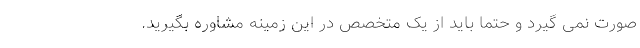
صورت نمی گیرد و حتما باید از یک متخصص در این زمینه مشاوره بگیرید.